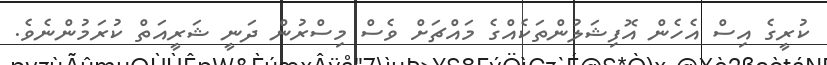
ކުރީގެ އިސް އެހެން އޮފިޝަލުންތަކެއްގެ މައްޗަށް ވެސް މިސްރުން ދަނީ ޝަރީއަތް ކުރަމުންނެވެ.